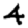
Digit: 4